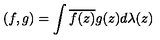
( f , g ) = \int \overline { { f ( z ) } } g ( z ) d \lambda ( z )